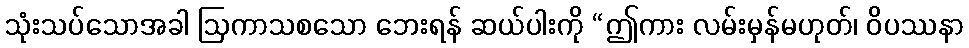
သုံးသပ်သောအခါ ဩကာသစသော ဘေးရန် ဆယ်ပါးကို “ဤကား လမ်းမှန်မဟုတ်၊ ဝိပဿနာ